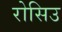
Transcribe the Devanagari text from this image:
रोसिउ